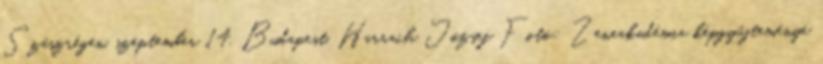
Szászrégen, szeptember 14. Budapest, Harrach József Fotó: Zeneakadémia képgyűjteménye